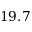
1 9 . 7